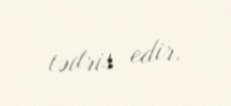
tədris edir.